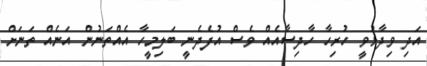
އަދި ވިދާޅުވީ ހުރިހާ ހާދިސާއެއް ވެސް އުފެދެނީ ބަލިމީހާ އެއްތަނުން އަނެއް ތަނަށް